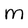
Character: m